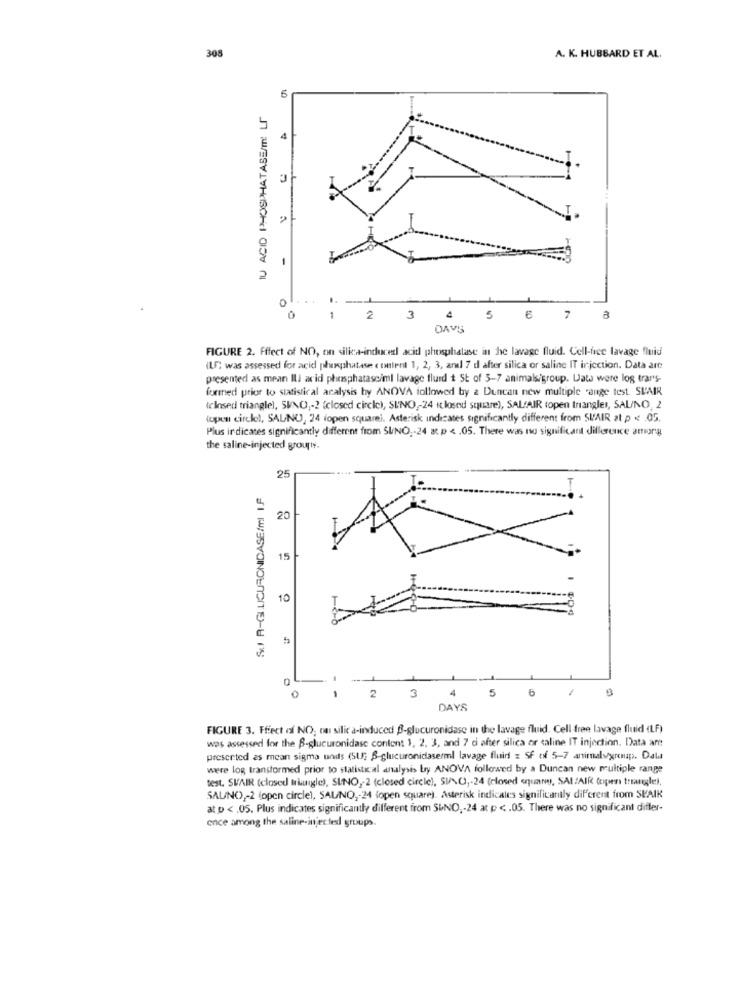
308
A. K. HUBBARD ET AL.
10
IU ACID PHOSPHATASE/m LF
-
0
1
2 3 4
5 6 7 8
DAVS
FIGURE 2. Effect of NO, on silice-induced acid phosphatase in he lavage fluid. Cell-free lavage fluid
(US; was assessed for acid phosphatase coulent 1, 2, 3, andl 7 d after silica or saline IT injection. Data are
presented as mean Il acid phosphatasciml lavage fluid + St of 5-7 animals/group. Lata were log trar's-
formed prior to statistical acalysis hy ANOVA followed by a Duncan new multiple cange test. SIAIR
(closed triangle), SINO ,- 2 (closed circle), SINO ,- 24 iclosed square), SAL'AIR topen triangles, SAL/NO, 2
(open circlel, SAUNU, 24 iopen squarei. Asterisk indicates significantly different from SUAIR at p < . 05.
Plus indicates significantly different from SUNO ,- 24 at p < . 05. There was no significant difference amora
the saline-injected groups.
25
SU R-GILICURONIDASE/ml I.F
20
15
10
4
5
6
0
- -
2
3
DAYS
FIGURE 3. Ffect of NO; ou silic a-induced B-glucuronidase in the lavage fluid. Cell free lavage fluid (LF)
was assessed for the B-glucuronidase content 1, 2, 3, and 7 d after silica or saline IT injection. Data an
preserted as mean sigma units (5U; 6-glucuronidaserml lavage fluid z SF of 5-7 animalsgroup. Dal
were log transformed prior to statistical analysis by ANOVA followed by a Duncan new multiple range
test. SVAR (closed triangle), SINO ,- 2 (closed circle), SINO ,- 24 (closed square), SALAIR Copen tangle),
SALINO ,- 2 (open circle), SAUNO ,- 24 (open square). Asterisk indicates significantly different from SKAIK
at p < . 05. Plus indicates significantly different from SIND ,- 24 at p <. 05. There was no significant differ-
ence among the saline-injected groups.